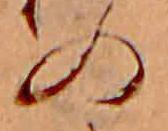
の